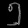
Digit: ၅